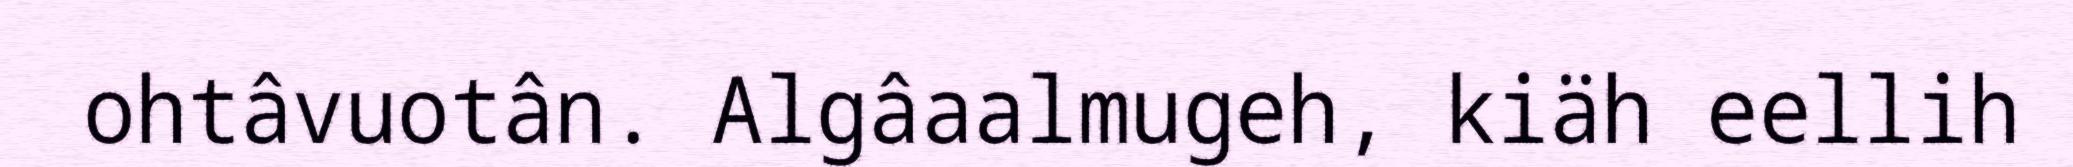
ohtâvuotân. Algâaalmugeh, kiäh eellih